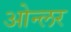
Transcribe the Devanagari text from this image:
ओन्लर